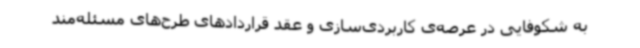
به شکوفایی در عرصه‌ی کاربردی‌سازی و عقد قراردادهای طرح‌های مسئله‌مند